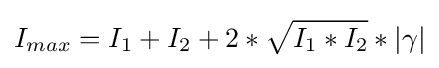
I_{max}=I_{1}+I_{2}+2*{\sqrt {I_{1}*I_{2}}}*|\gamma |